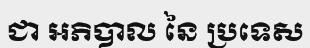
ជា អភិបាល នៃ ប្រទេស